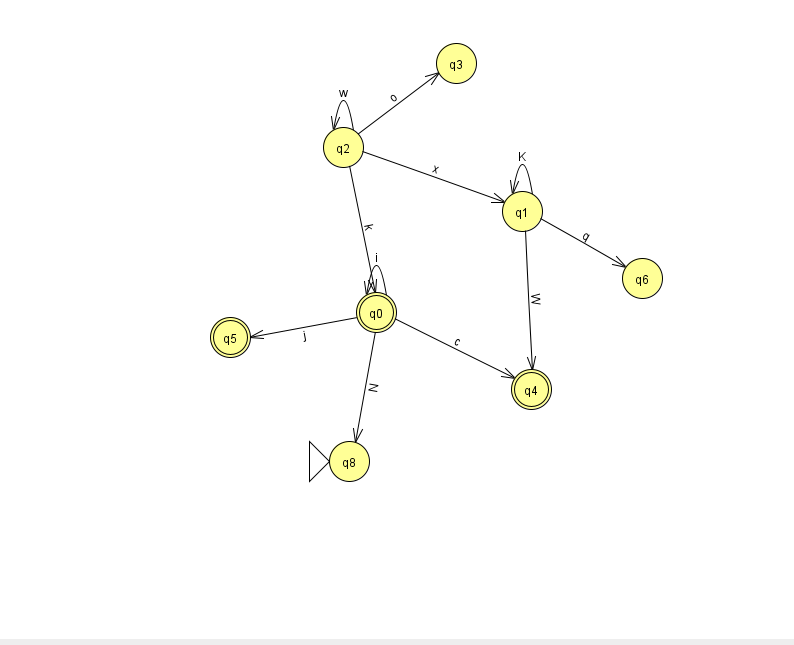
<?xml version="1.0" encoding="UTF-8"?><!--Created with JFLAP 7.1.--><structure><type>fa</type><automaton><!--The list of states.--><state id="0" name="q0"><x>376.0</x><y>299.0</y><final/></state><state id="1" name="q1"><x>522.0</x><y>198.0</y></state><state id="2" name="q2"><x>343.0</x><y>134.0</y></state><state id="3" name="q3"><x>456.0</x><y>50.0</y></state><state id="4" name="q4"><x>531.0</x><y>376.0</y><final/></state><state id="5" name="q5"><x>230.0</x><y>324.0</y><final/></state><state id="6" name="q6"><x>642.0</x><y>265.0</y></state><state id="8" name="q8"><x>349.0</x><y>448.0</y><initial/></state><!--The list of transitions.--><transition><from>2</from><to>0</to><read>k</read></transition><transition><from>2</from><to>1</to><read>x</read></transition><transition><from>1</from><to>6</to><read>q</read></transition><transition><from>0</from><to>5</to><read>j</read></transition><transition><from>2</from><to>2</to><read>w</read></transition><transition><from>2</from><to>3</to><read>o</read></transition><transition><from>0</from><to>0</to><read>i</read></transition><transition><from>0</from><to>4</to><read>c</read></transition><transition><from>1</from><to>1</to><read>K</read></transition><transition><from>1</from><to>4</to><read>W</read></transition><transition><from>0</from><to>8</to><read>N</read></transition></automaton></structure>